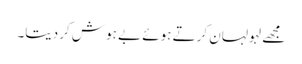
مجھے لہولہان کرتے ہوئے بے ہوش کردیتا۔